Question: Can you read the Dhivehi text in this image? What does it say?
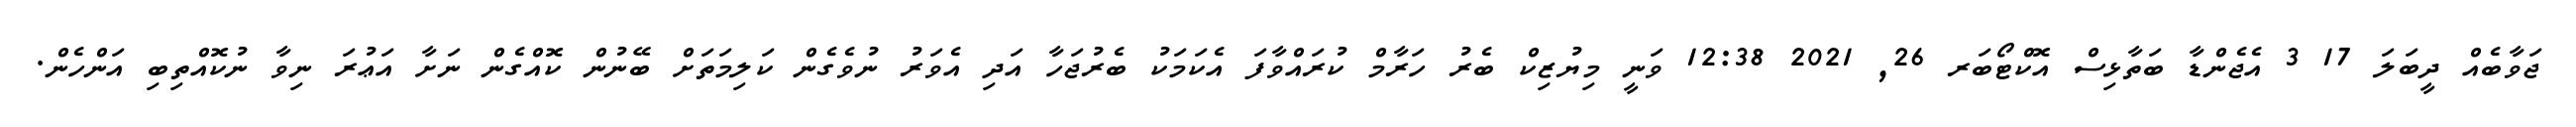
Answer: ޖަވާބެއް ދީބަލަ 17 3 އެޖެންޑާ ބަތާޅިސް އޮކްޓޯބަރ 26, 2021 12:38 ވަނީ މިޔުޒިކް ބެރު ހަރާމް ކުރައްވާފަ އެކަމަކު ބެރުޖަހާ އަދި އެވަރު ނުވެގެން ކަލިމަތަށް ބޭނުން ކޮއްގެން ނަށާ އަޢުރަ ނިވާ ނުކޮއްތިބި އަންހެން.